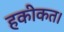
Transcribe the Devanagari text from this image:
हकीकत।